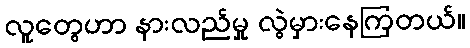
လူတွေဟာ နားလည်မှု လွဲမှားနေကြတယ်။